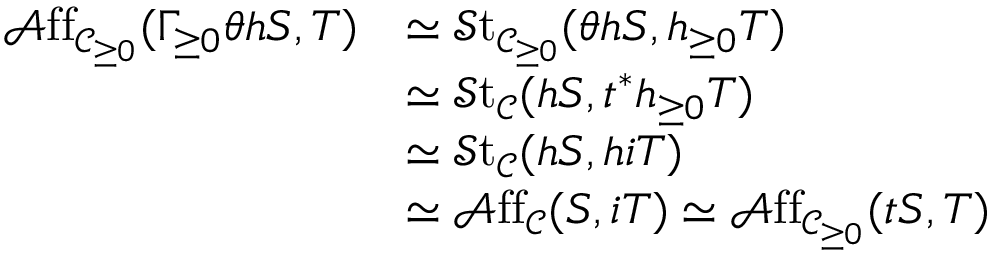
\begin{array} { r l } { \mathscr { A } \mathrm { f f } _ { \mathscr { C } _ { \geq 0 } } ( \Gamma _ { \geq 0 } \theta h S , T ) } & { \simeq \mathscr { S } \mathrm { t } _ { \mathscr { C } _ { \geq 0 } } ( \theta h S , h _ { \geq 0 } T ) } \\ & { \simeq \mathscr { S } \mathrm { t } _ { \mathscr { C } } ( h S , t ^ { * } h _ { \geq 0 } T ) } \\ & { \simeq \mathscr { S } \mathrm { t } _ { \mathscr { C } } ( h S , h i T ) } \\ & { \simeq \mathscr { A } \mathrm { f f } _ { \mathscr { C } } ( S , i T ) \simeq \mathscr { A } \mathrm { f f } _ { \mathscr { C } _ { \geq 0 } } ( t S , T ) } \end{array}